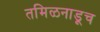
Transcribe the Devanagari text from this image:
तमिळनाडूच